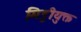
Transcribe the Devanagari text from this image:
मिट्टीयुक्त